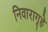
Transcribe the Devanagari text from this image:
निवारागृहे